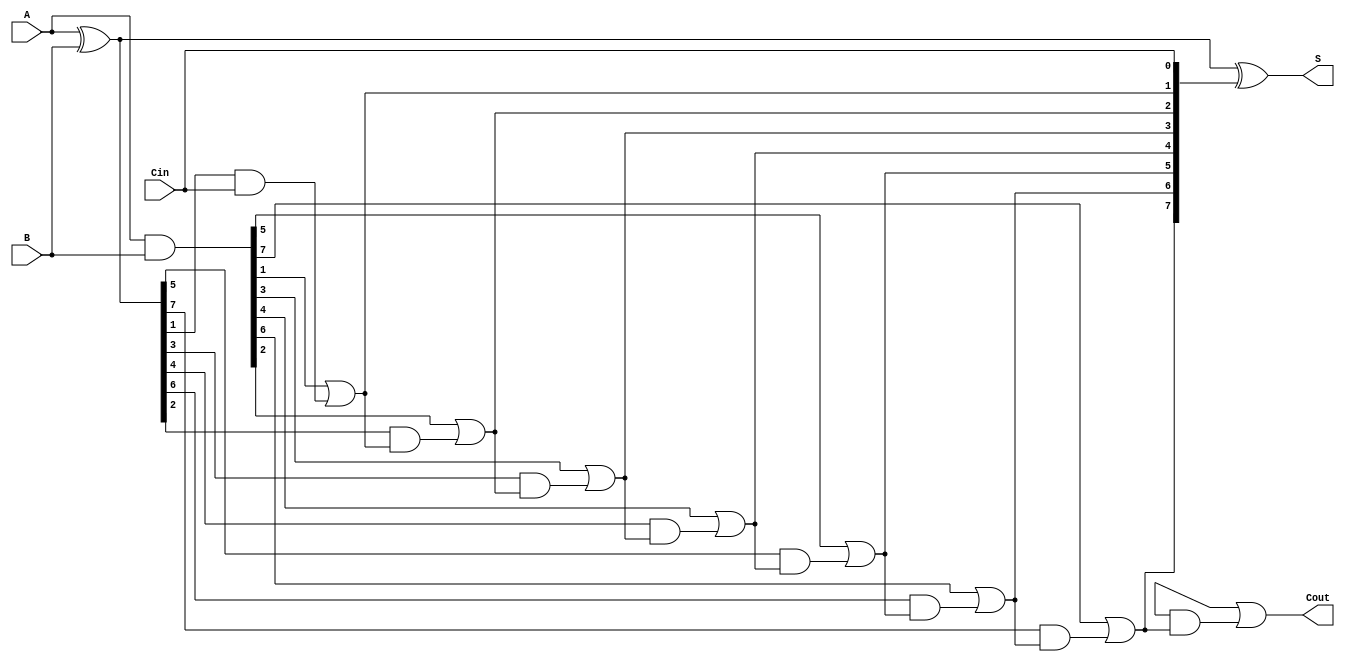
module BrentKungAdder #(parameter n = 8) (
    input [n-1:0] A,
    input [n-1:0] B,
    input Cin,
    output [n-1:0] S,
    output Cout
);

    // Generate and Propagate signals
    wire [n-1:0] G; // Generate signals
    wire [n-1:0] P; // Propagate signals
    wire [n:0] C;   // Carry signals (C[0] is for Cin)

    // Level 0: Compute G and P
    assign G = A & B;
    assign P = A ^ B;

    // Level 1: Compute carry signals
    assign C[0] = Cin; // Initial carry input
    genvar i;
    generate
        for (i = 0; i < n/2; i = i + 1) begin : level1
            assign C[2*i + 1] = G[2*i + 1] | (P[2*i + 1] & C[2*i]);
            assign C[2*i + 2] = G[2*i + 2] | (P[2*i + 2] & C[2*i + 1]);
        end
    endgenerate

    // Level 2: Further combine carries
    generate
        for (i = 0; i < n/4; i = i + 1) begin : level2
            assign C[4*i + 2] = G[4*i + 2] | (P[4*i + 2] & C[4*i + 1]);
            assign C[4*i + 3] = G[4*i + 3] | (P[4*i + 3] & C[4*i + 2]);
        end
    endgenerate

    // Level 3: Final carry generation
    generate
        for (i = 0; i < n/8; i = i + 1) begin : level3
            assign C[8*i + 4] = G[8*i + 4] | (P[8*i + 4] & C[8*i + 3]);
            assign C[8*i + 5] = G[8*i + 5] | (P[8*i + 5] & C[8*i + 4]);
        end
    endgenerate

    // Final carry-out
    assign Cout = C[n];

    // Sum calculation
    assign S = P ^ C[n-1:0];

endmodule